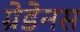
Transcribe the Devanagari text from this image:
ग्रेडेनस